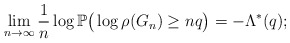
\begin{align*}\lim_{n \to \infty} \frac{1}{n} \log \mathbb{P} \big( \log \rho(G_n) \geq n q \big) = - \Lambda^*(q);\end{align*}